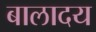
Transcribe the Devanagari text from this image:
बालादय